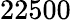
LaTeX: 22500